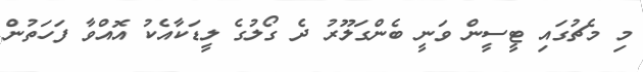
މި މެޗުގައި ޓީސީން ވަނީ ބެންގަލޫރު ދެ ގޯލުގެ ލީޑަކާއެކު އޮއްވާ ފަހަތުން